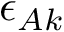
\epsilon _ { A k }